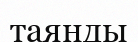
таянды